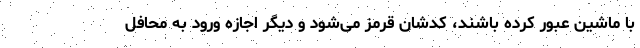
با ماشین عبور کرده باشند، کدشان قرمز می‌شود و دیگر اجازه ورود به محافل